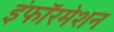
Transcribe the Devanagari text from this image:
इंफॉरमेशन